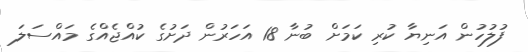
ފުލުހުން އަނިޔާ ކުރި ކަމަށް ބުނާ 18 އަހަރުން ދަށުގެ ކުއްޖެއްގެ މައްސަލަ